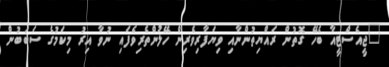
"ޖީއެސްޓީއާ ބެހޭ ގޮތުން ރައްޔިތުންނާއި ވިޔަފާރިވެރިން ހޭލުންތެރިވެފައި ނުވާ އިރު މިކަމުގެ ސަބަބުން